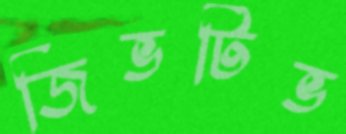
জিভটিভ